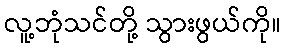
လူ့ဘုံသင်တို့ သွားဖွယ်ကို။